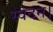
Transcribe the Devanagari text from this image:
स्वेदन।